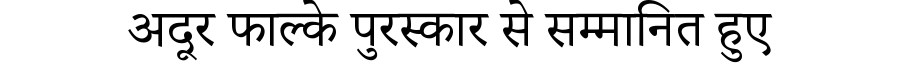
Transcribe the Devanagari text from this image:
अदूर फाल्के पुरस्कार से सम्मानित हुए